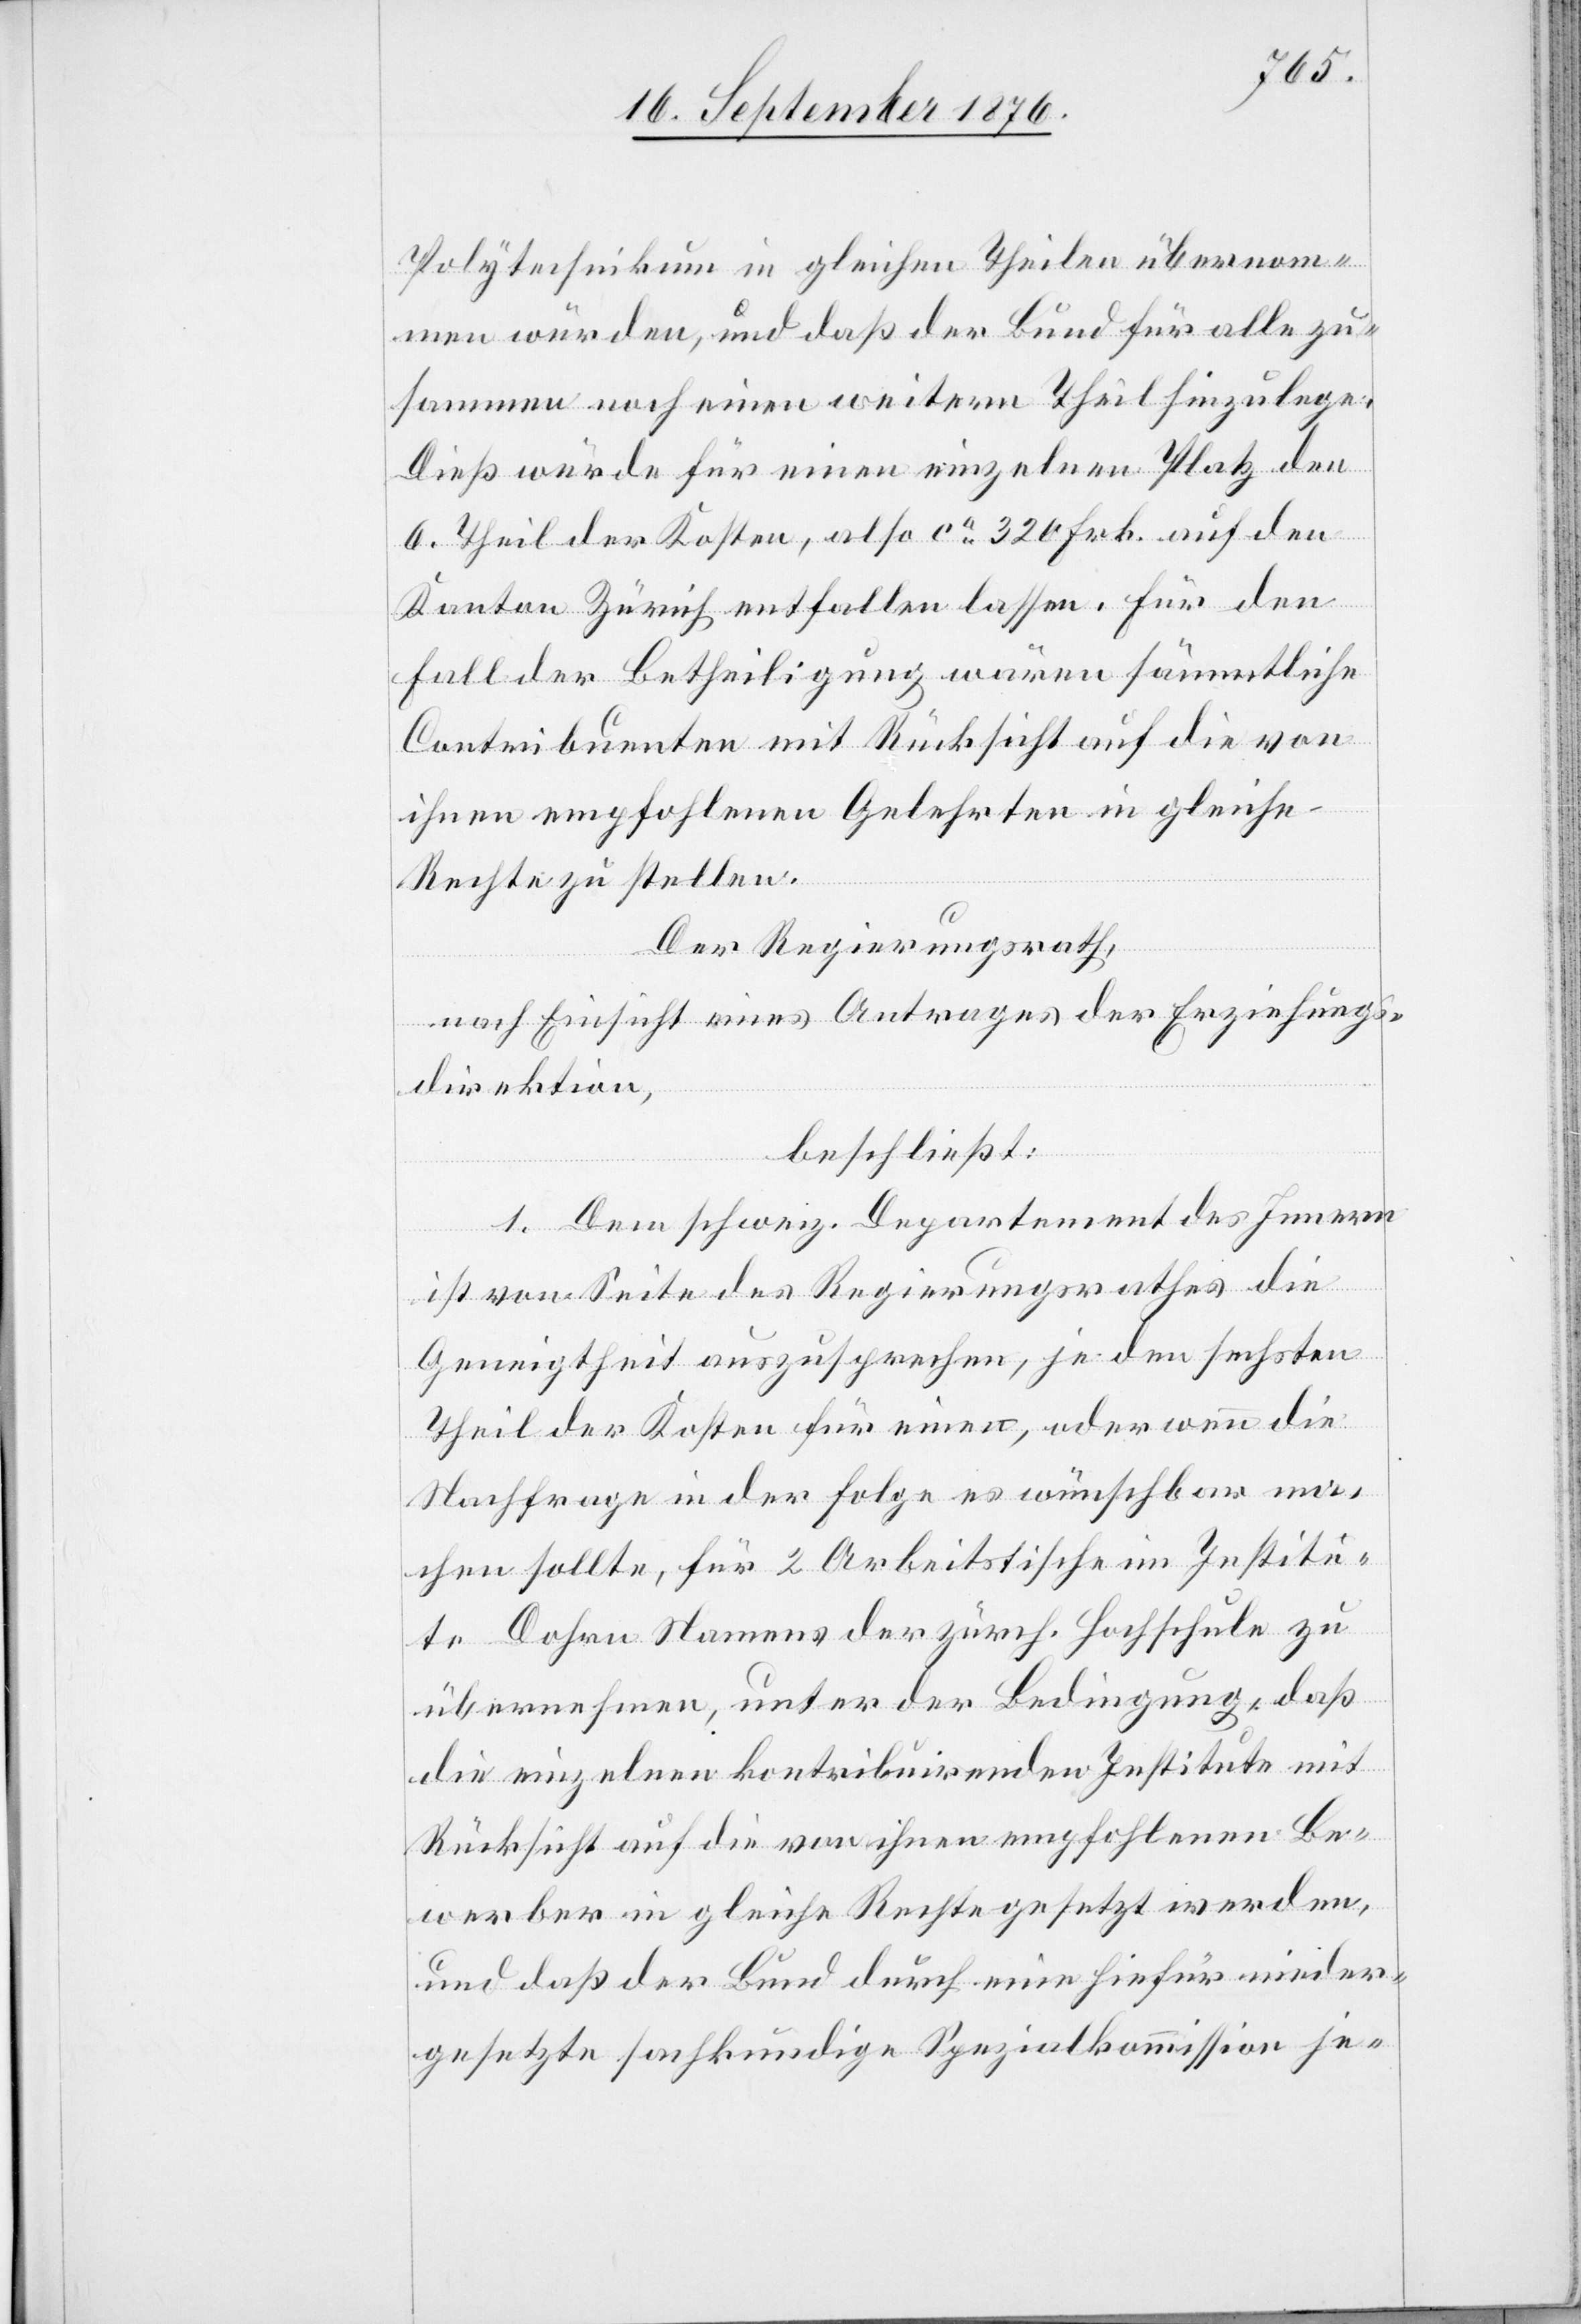
Polytechnikum in gleichen Theilen übernom¬
men würden, und daß der Bund für alle zu¬
sammen noch einen weitern Theil hinzulege.
Dieß würde für einen einzelnen Platz den
6. Theil der Kosten, also ca 320 Frk. auf den
Kanton Zürich entfallen lassen. Für den
Fall der Betheiligung wären sämmtliche
Contribuenten mit Rücksicht auf die von
ihnen empfohlenen Gelehrten in gleiche
Rechte zu stellen.
Der Regierungsrath,
nach Einsicht eines Antrages der Erziehungs¬
direktion,
beschließt:
1. Dem schweiz. Departement des Innern
ist von Seite des Regierungsrathes die
Geneigtheit auszusprechen, je den sechsten
Theil der Kosten für einen, oder wenn die
Nachfrage in der Folge es wünschbar ma¬
chen sollte, für 2 Arbeitstische im Institu¬
te Dohrn Namens der zürch. Hochschule zu
übernehmen, unter der Bedingung, daß
die einzelnen kontribuirenden Institute mit
Rücksicht auf die von ihnen empfohlenen Be¬
werber in gleiche Rechte gesetzt werden,
und das der Bund durch eine hiefür wieder¬
gesetzte sachkundige Spezialkommission je-